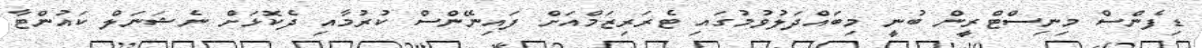
ޑިފެންސް މިނިސްޓްރީން ބުނީ މިބައްދަލުވުމުގައި ޓެރަރިޒަމްއަށް ފައިނޭންސް ކުރުމާއި ދެކޮޅަށް ނެޝަނަލް ކައުންޓާ